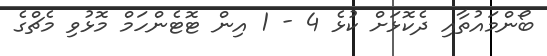
ބޯންމައުތާއި ދެކޮޅަށް ކުޅެ 4 - 1 އިން ޓޮޓެންހަމް މޮޅުވި މެޗްގެ